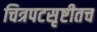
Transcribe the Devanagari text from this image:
चित्रपटसृष्टीतच